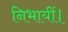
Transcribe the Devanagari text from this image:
निभायीं।